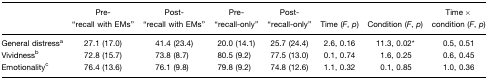
<table><thead><tr><td></td><td><b>Pre-“recall with EMs”</b></td><td><b>Post-“recall with EMs”</b></td><td><b>Pre- “recall-only”</b></td><td><b>Post-“recall-only”</b></td><td><b>Time (<i>F</i>, <i>p</i>)</b></td><td><b>Condition (<i>F</i>, <i>p</i>)</b></td><td><b>Time×condition (<i>F</i>, <i>p</i>)</b></td></tr></thead><tbody><tr><td>General distressa</td><td>27.1 (17.0)</td><td>41.4 (23.4)</td><td>20.0 (14.1)</td><td>25.7 (24.4)</td><td>2.6, 0.16</td><td>11.3, 0.02*</td><td>0.5, 0.51</td></tr><tr><td>Vividnessb</td><td>72.8 (15.7)</td><td>73.8 (8.7)</td><td>80.5 (9.2)</td><td>77.5 (13.0)</td><td>0.1, 0.74</td><td>1.6, 0.25</td><td>0.6, 0.45</td></tr><tr><td>Emotionalityc</td><td>76.4 (13.6)</td><td>76.1 (9.8)</td><td>79.8 (9.2)</td><td>74.8 (12.6)</td><td>1.1, 0.32</td><td>0.1, 0.85</td><td>1.0, 0.36</td></tr></tbody></table>